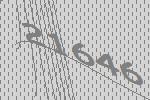
21646